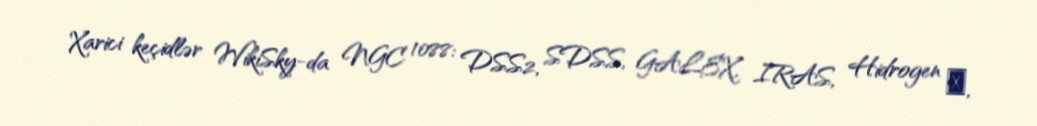
Xarici keçidlər WikiSky-da NGC 1088: DSS2, SDSS, GALEX, IRAS, Hidrogen α,